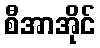
စီအာအိုင်